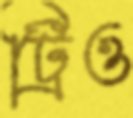
ট্রিও